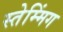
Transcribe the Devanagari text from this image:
स्तेम्मिंग